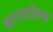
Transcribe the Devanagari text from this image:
बारमालिक